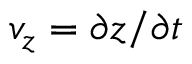
v _ { z } = \partial z / \partial t